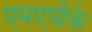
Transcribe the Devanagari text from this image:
एमएपीके